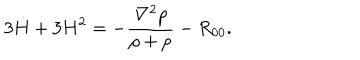
3 \dot { H } + 3 H ^ { 2 } = - \frac { \nabla ^ { 2 } p } { \rho + p } - R _ { 0 0 } .